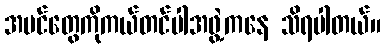
အပင်တွေကိုကယ်တင်ပါအဖွဲ့ကနေ သိရပါတယ်။